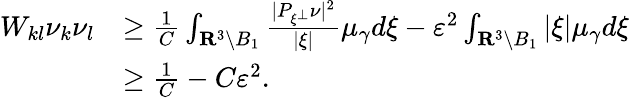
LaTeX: \begin{array}{rl}{W_{kl}\nu_{k}\nu_{l}}&{\geq\frac{1}{C}\int_{\mathbf R^{3}\setminus B_{1}}\frac{|P_{\xi^{\perp}}\nu|^{2}}{|\xi|}\mu_{\gamma}d\xi-\varepsilon^{2}\int_{\mathbf R^{3}\setminus B_{1}}|\xi|\mu_{\gamma}d\xi}\\ &{\geq\frac{1}{C}-C\varepsilon^{2}.}\end{array}